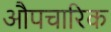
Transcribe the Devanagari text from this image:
औपचारिक